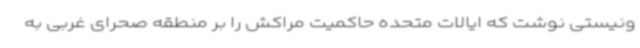
ونیستی نوشت که ایالات متحده حاکمیت مراکش را بر منطقه صحرای غربی به